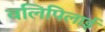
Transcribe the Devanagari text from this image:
वलिपिलाई